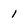
Character: 1